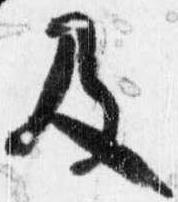
及